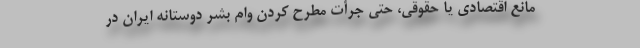
مانع اقتصادی یا حقوقی، حتی جرأت مطرح کردن وام بشر دوستانه ایران در